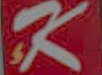
K